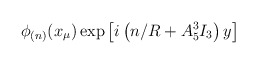
\begin{align*}\phi_{(n)}(x_\mu) \exp \left[i \left(n/R + A_5^3 I_3\right)y \right]\end{align*}